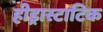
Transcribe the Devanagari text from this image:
हीड्रास्टाटिक